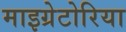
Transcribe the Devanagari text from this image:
माइग्रेटोरिया